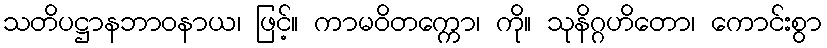
သတိပဋ္ဌာနဘာဝနာယ၊ ဖြင့်။ ကာမဝိတက္ကော၊ ကို။ သုနိဂ္ဂဟိတော၊ ကောင်းစွာ